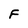
Character: F